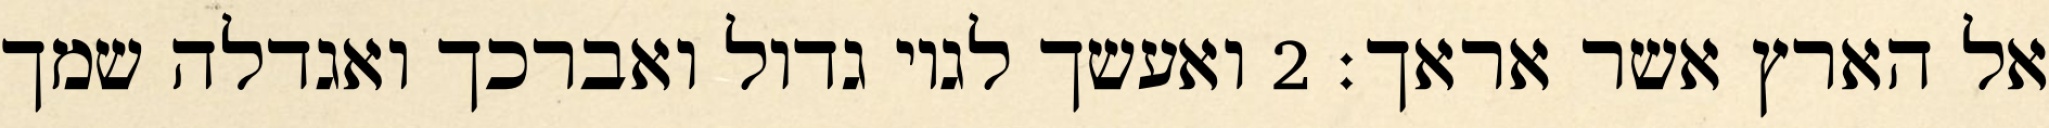
אל הארץ אשר אראך׃ ‎2‏ ואעשך לגוי גדול ואברכך ואגדלה שמך